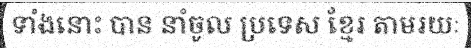
ទាំងនោះ បាន នាំចូល ប្រទេស ខ្មែរ តាមរយៈ